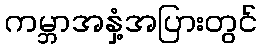
ကမ္ဘာအနှံ့အပြားတွင်